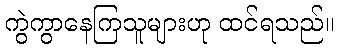
ကွဲကွာနေကြသူများဟု ထင်ရသည်။